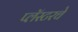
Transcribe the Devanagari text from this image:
प्लॅस्टरचे